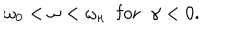
\omega _ { 0 } < \omega < \omega _ { \kappa } \; \; \mathrm { f o r } \; \; \gamma < 0 .